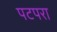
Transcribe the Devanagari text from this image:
पटपरा